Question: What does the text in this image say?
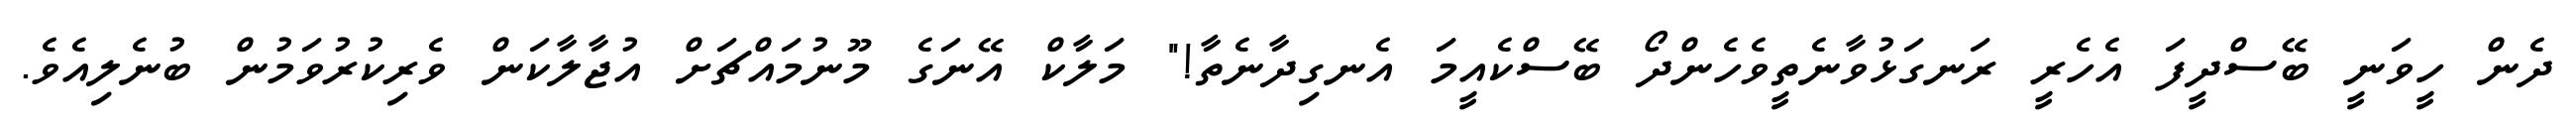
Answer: ދެން ހީވަނީ ބޭސްދީފަ އެހެރީ ރަނގަޅުވާނެތީވެހެންދޯ ބޭސްކެއީމަ އެނގިދާނެތާ!" މަލާކް އޭނަގެ މޫނުމައްޗަށް އުޖާލާކަން ވެރިކުރުވަމުން ބުނެލިއެވެ.